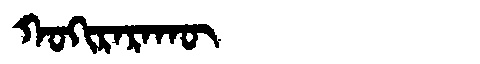
Manchu: ᡴᠣᡴᡳᡵᠠᡵᠠᡴᡡ
Romanization: KOKIRARAKŪ